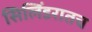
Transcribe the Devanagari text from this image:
सिलिंडरातच